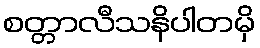
စတ္တာလီသနိပါတမှိ